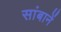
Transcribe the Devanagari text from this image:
सांबानें